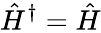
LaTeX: {\hat{H}}^{\dagger}={\hat{H}}